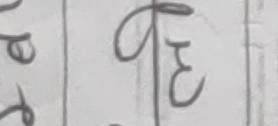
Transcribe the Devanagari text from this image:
कृ